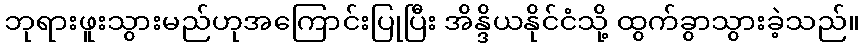
ဘုရားဖူးသွားမည်ဟုအကြောင်းပြုပြီး အိန္ဒိယနိုင်ငံသို့ ထွက်ခွာသွားခဲ့သည်။